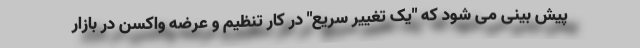
پیش بینی می شود که "یک تغییر سریع" در کار تنظیم و عرضه واکسن در بازار